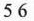
5 6